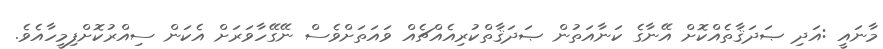
މާނައީ :އަދި ޞަދަޤާތެއްކޮށް އޭނާގެ ކަނާއަތުން ޞަދަޤާތްކުރިއެއްޗެއް ވައަތަށްވެސް ނޭގޭހާވަރަށް އެކަން ސިއްރުކޮށްފިމީހާއެވެ.